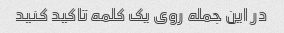
در این جمله روی یک کلمه تاکید کنید